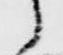
之